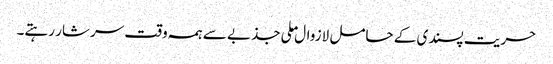
حریت پسندی کے حامل لازوال ملی جذبے سے ہمہ وقت سرشار رہتے۔